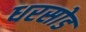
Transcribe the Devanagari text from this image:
धरसोड